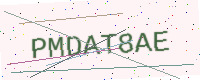
Text: PMDAT8AE